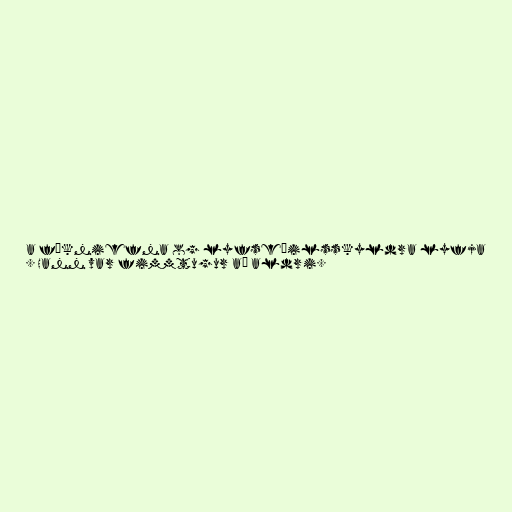
a fíkniefna og lyfseðilsskyldra lyfja
. Hann var fimmtugur að aldri.